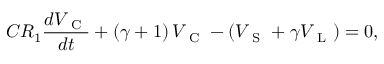
C R _ { 1 } \frac { d V _ { \mathrm { ~ C ~ } } } { d t } + \left( \gamma + 1 \right) V _ { \mathrm { ~ C ~ } } - \left( V _ { \mathrm { ~ S ~ } } + \gamma V _ { \mathrm { ~ L ~ } } \right) = 0 ,